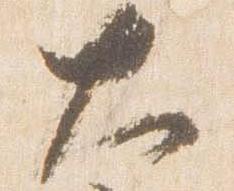
大